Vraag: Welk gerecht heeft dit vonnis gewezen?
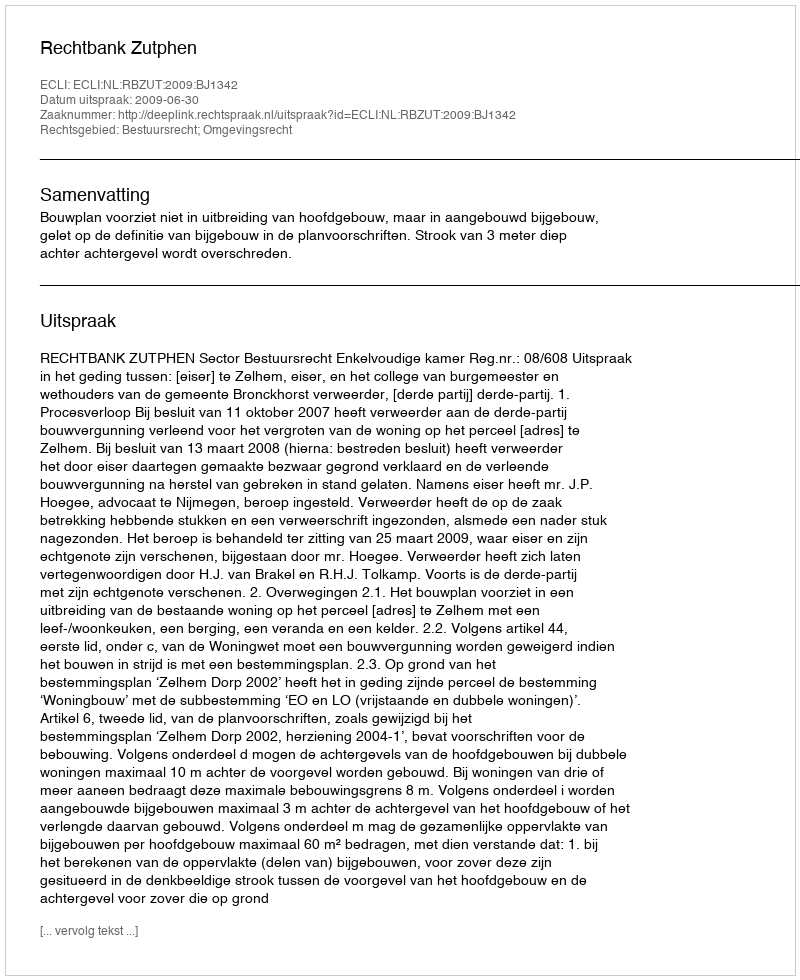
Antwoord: Rechtbank Zutphen